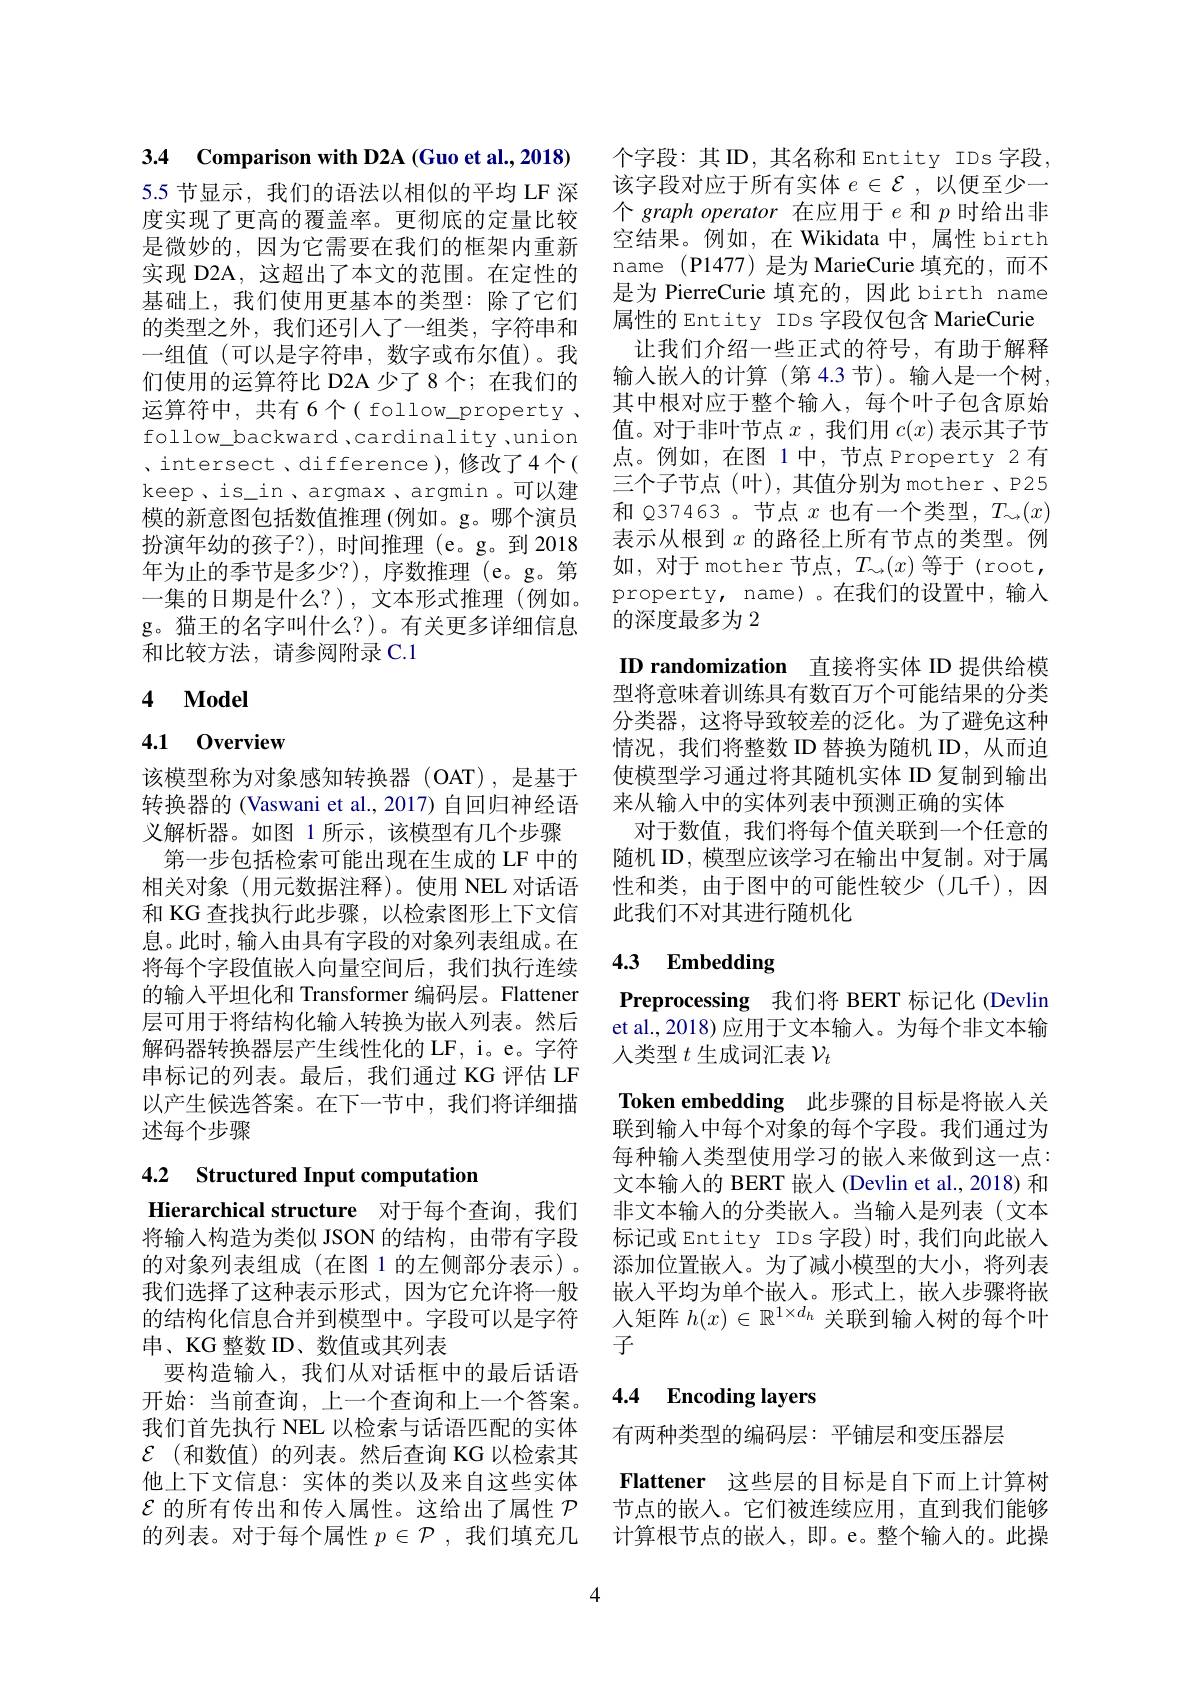
3.4 Comparison with D2A (Guo et al.,2018)

5.5 节显示，我们的语法以相似的平均 LF 深度实现了更高的覆盖率。更彻底的定量比较是微妙的，因为它需要在我们的框架内重新实现 D2A, 这超出了本文的范围。在定性的基础上，我们使用更基本的类型：除了它们的类型之外，我们还引人了一组类，字符串和一组值(可以是字符串，数字或布尔值)。我们使用的运算符比 D2A 少了8个；在我们的运算符中，共有6个( follow\_property . follow\_backward ,cardinality ,union 、intersect 、difference ),修改了4个( keep , is\_in , argmax , argmin 。可以建模的新意图包括数值推理(例如。g。哪个演员扮演年幼的孩子？),时间推理(e。g。到 2018年为止的季节是多少？),序数推理(e。g。第一集的日期是什么？),文本形式推理(例如。g。猫王的名字叫什么？)。有关更多详细信息和比较方法，请参阅附录 C.1

# 4 $\mathbf{Model}$

## 4.1 0verview

该模型称为对象感知转换器 (OAT),是基于转换器的 (Vaswani et al., 2017) 自回归神经语义解析器。如图 1 所示，该模型有几个步骤第一步包括检索可能出现在生成的 LF 中的
相关对象(用元数据注释)。使用 NEL 对话语和 KG 查找执行此步骤，以检索图形上下文信息。此时，输入由具有字段的对象列表组成。在将每个字段值嵌入向量空间后，我们执行连续的输入平坦化和 Transformer 编码层。Flattener 层可用于将结构化输入转换为嵌入列表。然后解码器转换器层产生线性化的 LF, i。e。字符串标记的列表。最后，我们通过 KG 评估 LF 以产生候选答案。在下一节中，我们将详细描述每个步骤

# 4.2 Structured Input computation

Hierarchical structure 对于每个查询，我们将输入构造为类似 JSON 的结构，由带有字段的对象列表组成(在图 1 的左侧部分表示)。我们选择了这种表示形式，因为它允许将一般的结构化信息合并到模型中。字段可以是字符串、KG 整数 ID、数值或其列表
要构造输入，我们从对话框中的最后话语开始：当前查询，上一个查询和上一个答案。我们首先执行 NEL 以检索与话语匹配的实体$\mathcal{E}$(和数值)的列表。然后查询 KG 以检索其他上下文信息：实体的类以及来自这些实体$\mathcal{E}$的所有传出和传入属性。这给出了属性$\mathcal{P}$ 的列表。对于每个属性$p\in\mathcal{P}$ ,我们填充几

个字段：其 ID, 其名称和 Entity IDs 字段， 该字段对应于所有实体$e\in\mathcal{E}$,以便至少一个 graph operator 在应用于$e$和$p$时给出非空结果。例如，在 Wikidata 中，属性 birth name (P1477) 是为 MarieCurie 填充的，而不是为 PierreCurie 填充的，因此 birth name 属性的 Entity IDs 字段仅包含 MarieCurie 让我们介绍一些正式的符号，有助于解释输入嵌入的计算(第4.3节)。输入是一个树， 其中根对应于整个输入，每个叶子包含原始值。对于非叶节点$x$ ,我们用$c(x)$表示其子节点。例如，在图 1中，节点 Property 2 有三个子节点(叶),其值分别为mother、P25和 Q37463 。节点$x$也有一个类型，$T_\leadsto(x)$ 表示从根到$x$的路径上所有节点的类型。例如，对于 mother 节点，$T_\sim(x)$等于 (root, property, name)。在我们的设置中，输入的深度最多为 2
ID randomization 直接将实体 ID 提供给模型将意味着训练具有数百万个可能结果的分类分类器，这将导致较差的泛化。为了避免这种情况，我们将整数 ID 替换为随机 ID,从而迫使模型学习通过将其随机实体 ID 复制到输出来从输入中的实体列表中预测正确的实体
对于数值，我们将每个值关联到一个任意的随机 ID, 模型应该学习在输出中复制。对于属性和类，由于图中的可能性较少(几千),因此我们不对其进行随机化

# 4.3 Embedding

Preprocessing 我们将 BERT 标记化 (Devlin et al., 2018) 应用于文本输人。为每个非文本输人类型$t$生成词汇表$\mathcal{V}_t$
Token embedding 此步骤的目标是将嵌人关联到输入中每个对象的每个字段。我们通过为每种输入类型使用学习的嵌人来做到这一点： 文本输入的 BERT 嵌人(Devlin et al., 2018) 和非文本输入的分类嵌入。当输入是列表(文本标记或 Entity IDs 字段)时，我们向此嵌入添加位置嵌入。为了减小模型的大小，将列表嵌入平均为单个嵌人。形式上，嵌人步骤将嵌人矩阵$h(x)\in\mathbb{R}^{1\times d_h}$关联到输入树的每个叶子

## 4.4 Encoding layers

有两种类型的编码层：平铺层和变压器层

Flattener 这些层的目标是自下而上计算树节点的嵌入。它们被连续应用，直到我们能够计算根节点的嵌入，即。e。整个输入的。此操

4